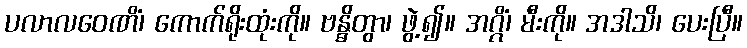
ပလာလဝေဏိံ၊ ကောက်ရိုးထုံးကို။ ဗန္ဓိတွာ၊ ဖွဲ့၍။ အဂ္ဂိံ၊ မီးကို။ အဒါသိ၊ ပေးပြီ။